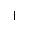
Letter: _alif